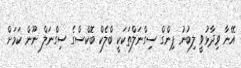
އޭނާ ވިދާޅުވީ ލިބުނު ޕިންގް ސިގްނަލްތަކަކީ ބްލެކް ބޮކްސްގެ ސިގްނަލް ނޫން ކަމަށް